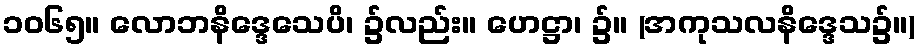
၁၀၆၅။ လောဘနိဒ္ဒေသေပိ၊ ၌လည်း။ ဟေဋ္ဌာ၊ ၌။ (အကုသလနိဒ္ဒေသ၌။)